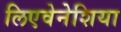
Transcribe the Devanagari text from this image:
लिएवेनेशिया